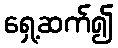
ရှေ့ဆက်၍